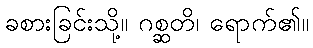
ခစားခြင်းသို့။ ဂစ္ဆတိ၊ ရောက်၏။